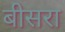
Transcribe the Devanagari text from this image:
बीसरा